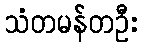
သံတမန်တဦး